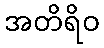
အတိရိဝ